Report of the Indian Hemp Drugs Commission, 1894-1895 - Volume IV
Year: 1894
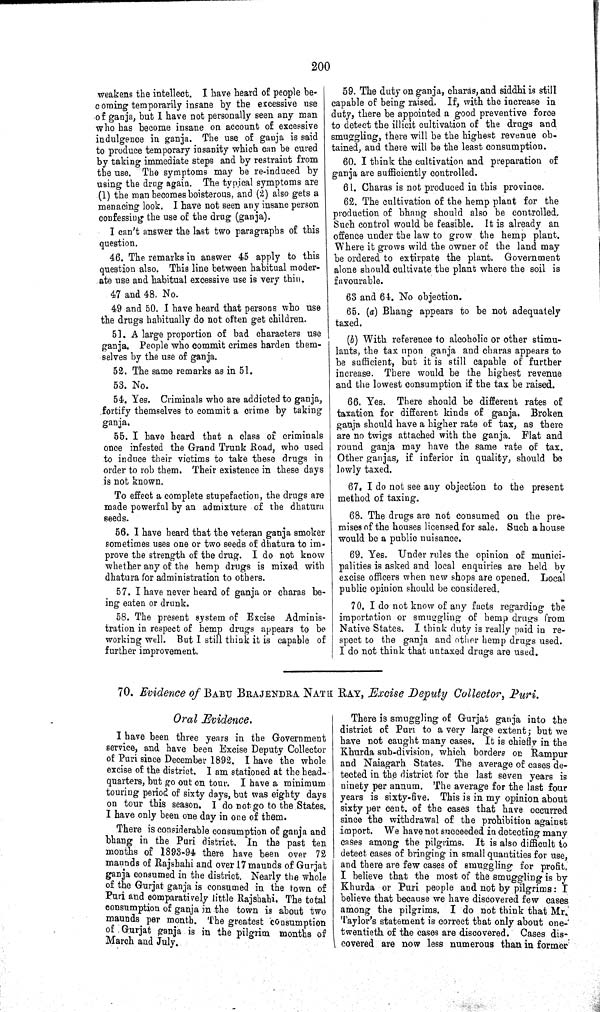
200
weakens the intellect. I have heard of people be-
coming temporarily insane by the excessive use
of ganja, but I have not personally seen any man
who has become insane on account of excessive
indulgence in ganja. The use of ganja is said
to produce temporary insanity which can be cured
by taking immediate steps and by restraint from
the use. The symptoms may be re-induced by
using the drug again. The typical symptoms are
(1) the man becomes boisterous, and (2) also gets a
menacing look. I have not seen any insane person
confessing the use of the drug (ganja).
I can't answer the last two paragraphs of this
question.
46. The remarks in answer 45 apply to this
question also. This line between habitual moder-
ate use and habitual excessive use is very thin.
47 and 48. No.
49 and 50. I have heard that persons who use
the drugs habitually do not often get children.
51. A large proportion of bad characters use
ganja. People who commit crimes harden them-
selves by the use of ganja.
52. The same remarks as in 51.
53. No.
54. Yes. Criminals who are addicted to ganja,
fortify themselves to commit a crime by taking
ganja.
55. I have heard that a class of criminals
once infested the Grand Trunk Road, who used
to induce their victims to take these drugs in
order to rob them. Their existence in these days
is not known.
To effect a complete stupefaction, the drugs are
made powerful by an admixture of the dhatura
seeds.
56. I have heard that the veteran ganja smoker
sometimes uses one or two seeds of dhatura to im-
prove the strength of the drug. I do not know
whether any of the hemp drugs is mixed with
dhatura for administration to others.
57. I have never heard of ganja or charas be-
ing eaten or drunk.
58. The present system of Excise Adminis-
tration in respect of hemp drugs appears to be
working well. But I still think it is capable of
further improvement.
59. The duty on ganja, charas, and siddhi is still
capable of being raised. If, with the increase in
duty, there be appointed a good preventive force
to detect the illicit cultivation of the drugs and
smuggling, there will be the highest revenue ob-
tained, and there will be the least consumption.
60. I think the cultivation and preparation of
ganja are sufficiently controlled.
61. Charas is not produced in this province.
62. The cultivation of the hemp plant for the
production of bhang should also be controlled.
Such control would be feasible. It is already an
offence under the law to grow the hemp plant.
Where it grows wild the owner of the land may
be ordered to extirpate the plant. Government
alone should cultivate the plant where the soil is
favourable.
63 and 64. No objection.
65. (a) Bhang appears to be not adequately
taxed.
(b) With reference to alcoholic or other stimu-
lants, the tax upon ganja and charas appears to
be sufficient, but it is still capable of further
increase. There would be the highest revenue
and the lowest consumption if the tax be raised.
66. Yes. There should be different rates of
taxation for different kinds of ganja. Broken
ganja should have a higher rate of tax, as there
are no twigs attached with the ganja. Flat and
round ganja may have the same rate of tax.
Other ganjas, if inferior in quality, should be
lowly taxed.
67. I do not see any objection to the present
method of taxing.
68. The drugs are not consumed on the pre-
mises of the houses licensed for sale. Such a house
would be a public nuisance.
69. Yes. Under rules the opinion of munici-
palities is asked and local enquiries are held by
excise officers when new shops are opened. Local
public opinion should be considered.
70. I do not know of any facts regarding the
importation or smuggling of hemp drugs from
Native States. I think duty is really paid in re-
spect to the ganja and other hemp drugs used.
I do not think that untaxed drugs are used.
70. Evidence of BABU BRAJENDRA NATH RAY, Excise Deputy Collector, Puri.
Oral Evidence.
I have been three years in the Government
service, and have been Excise Deputy Collector
of Puri since December 1892. I have the whole
excise of the district. I am stationed at the head-
quarters, but go out on tour. I have a minimum
touring period of sixty days, but was eighty days
on tour this season. I do not go to the States.
I have only been one day in one of them.
There is considerable consumption of ganja and
bhang in the Puri district. In the past ten
months of 1893-94 there have been over 72
maunds of Rajshahi and over 17 maunds of Gurjat
ganja consumed in the district. Nearly the whole
of the Gurjat ganja is consumed in the town of
Puri and comparatively little Rajshahi. The total
consumption of ganja in the town is about two
maunds per month. The greatest consumption
of Gurjat ganja is in the pilgrim months of
March and July.
There is smuggling of Gurjat ganja into the
district of Puri to a very large extent; but we
have not caught many cases. It is chiefly in the
Khurda sub-division, which borders on Rampur
and Naiagarh States. The average of cases de-
tected in the district for the last seven years is
ninety per annum. The average for the last four
years is sixty-five. This is in my opinion about
sixty per cent. of the cases that have occurred
since the withdrawal of the prohibition against
import. We have not succeeded in detecting many
cases among the pilgrims. It is also difficult to
detect cases of bringing in small quantities for use,
and there are few cases of smuggling for profit.
I believe that the most of the smuggling is by
Khurda or Puri people and not by pilgrims: I
believe that because we have discovered few cases
among the pilgrims. I do not think that Mr.
Taylor's statement is correct that only about one-
twentieth of the cases are discovered. Cases dis-
covered are now less numerous than in former